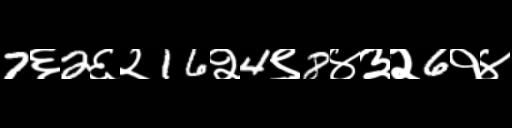
Text: 7६2६२16२4९8४३२6१४